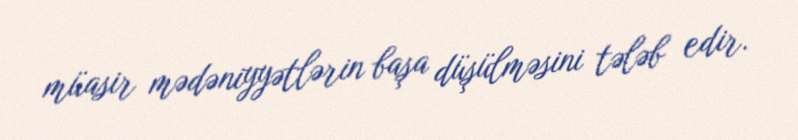
müasir mədəniyyətlərin başa düşülməsini tələb edir.